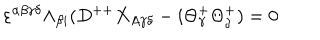
LaTeX: \varepsilon ^ { \alpha \beta \gamma \delta } \Lambda _ { \beta { i } } ( D ^ { + + } X _ { A \gamma \delta } - i \Theta _ { \gamma } ^ { + } \Theta _ { \delta } ^ { + } ) = 0